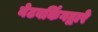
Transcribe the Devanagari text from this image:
नेटवर्किंगद्वारे